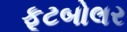
ફૂટબોલર